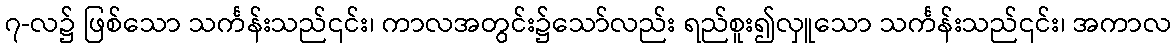
၇-လ၌ ဖြစ်သော သင်္ကန်းသည်၎င်း၊ ကာလအတွင်း၌သော်လည်း ရည်စူး၍လှူသော သင်္ကန်းသည်၎င်း၊ အကာလ